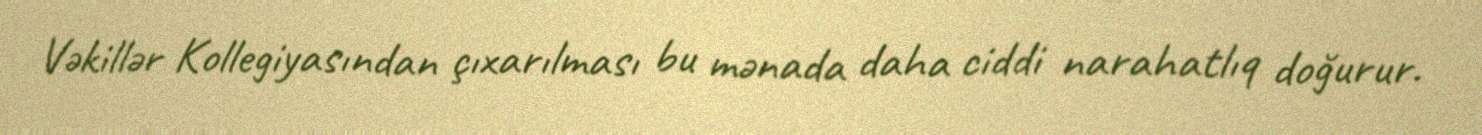
Vəkillər Kollegiyasından çıxarılması bu mənada daha ciddi narahatlıq doğurur.